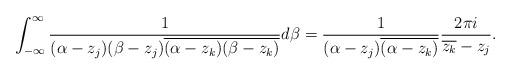
LaTeX: \begin{align*}\int_{-\infty}^{\infty}\frac{1}{(\alpha-z_j)(\beta-z_j)\overline{(\alpha-z_k)(\beta-z_k)}}d\beta=\frac{1}{(\alpha-z_j)\overline{(\alpha-z_k)}}\frac{2\pi i}{\overline{z_k}-z_j}.\end{align*}